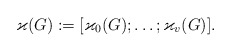
\begin{align*}\varkappa(G):=\lbrack\varkappa_0(G);\ldots;\varkappa_v(G)\rbrack.\end{align*}